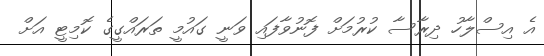
އެ އިސްލާހު ދިރާސާ ކުރުމަށް ފޮނުވާފައި ވަނީ ގައުމީ ތަރައްގީގެ ކޮމިޓީ އަށް